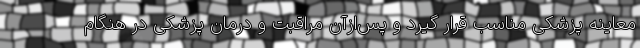
معاینه پزشکی مناسب قرار گیرد و پس‌ازآن مراقبت و درمان پزشکی در هنگام